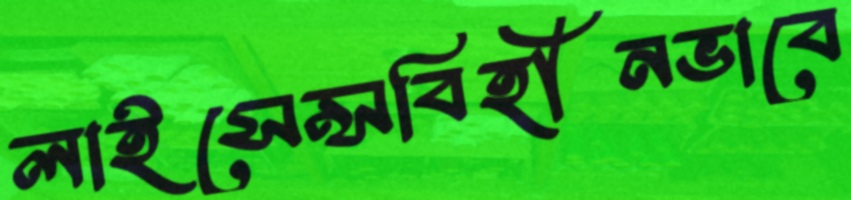
লাইসেন্সবিহীনভাবে